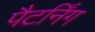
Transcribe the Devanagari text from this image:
पैटर्निंग